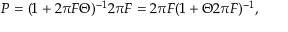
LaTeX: P = ( 1 + 2 \pi F \Theta ) ^ { - 1 } 2 \pi F = 2 \pi F ( 1 + \Theta 2 \pi F ) ^ { - 1 } ,